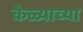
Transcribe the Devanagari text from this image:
केळ्याच्या